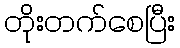
တိုးတက်စေပြီး